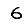
Digit: 6